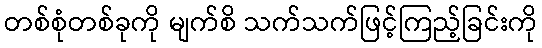
တစ်စုံတစ်ခုကို မျက်စိ သက်သက်ဖြင့်ကြည့်ခြင်းကို